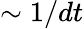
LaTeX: \sim 1/dt